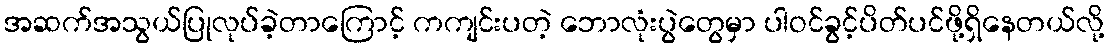
အဆက်အသွယ်ပြုလုပ်ခဲ့တာကြောင့် ကကျင်းပတဲ့ ဘောလုံးပွဲတွေမှာ ပါဝင်ခွင့်ပိတ်ပင်ဖို့ရှိနေတယ်လို့